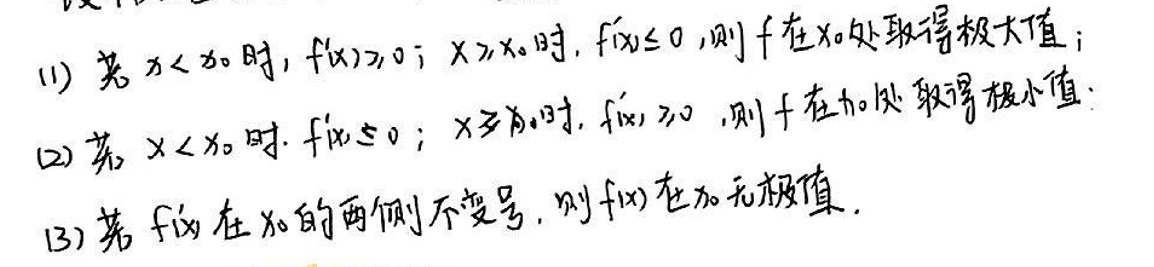
(1) 若 \(x < x_0\) 时，\(f'(x) > 0\)；\(x > x_0\) 时，\(f'(x) < 0\)，则\(f\) 在\(x_0\) 处取得极大值；

(2) 若 \(x < x_0\) 时，\(f'(x) < 0\)；\(x > x_0\) 时，\(f'(x) > 0\)，则\(f\) 在\(x_0\) 处取得极小值；

(3) 若 \(f'(x)\) 在\(x_0\) 的两侧不变号，则\(f(x)\) 在\(x_0\) 无极值。